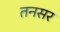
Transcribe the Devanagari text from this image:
तनसर